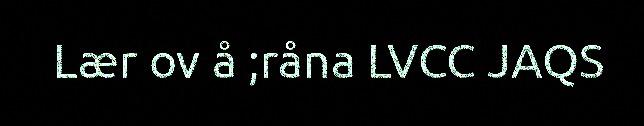
Lær ov å ;råna LVCC JAQS